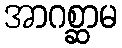
အာဂစ္ဆာမ